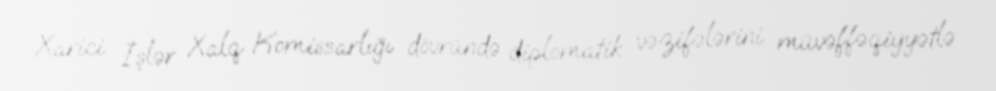
Xarici İşlər Xalq Komissarlığı dövründə diplomatik vəzifələrini müvəffəqiyyətlə